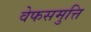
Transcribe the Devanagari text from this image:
वेफसमुत्ति